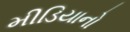
મીડિયાનો